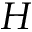
H